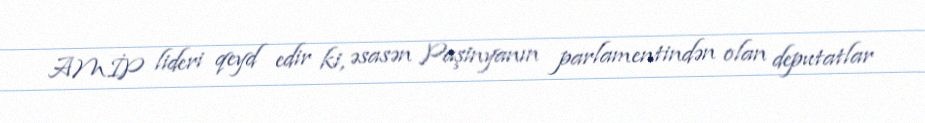
AMİP lideri qeyd edir ki, əsasən Paşinyanın parlamentindən olan deputatlar